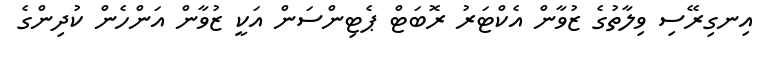
އިނގިރޭސި ވިލާތުގެ ޒުވާން އެކްޓަރު ރޮބަޓް ޕެޓިންސަން އަކީ ޒުވާން އަންހެން ކުދިންގެ